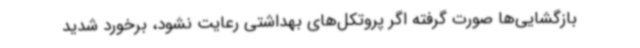
بازگشایی‌ها صورت گرفته اگر پروتکل‌های بهداشتی رعایت نشود، برخورد شدید